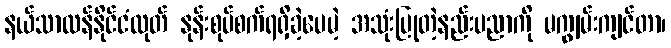
နယ်သာလန်နိုင်ငံထုတ် နုန်းစုပ်စက်ရရှိခဲ့ပေမဲ့ အသုံးပြုတဲ့နည်းပညာကို မကျွမ်းကျင်တာ၊